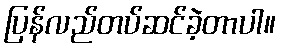
ပြန်လည်တပ်ဆင်ခဲ့တာပါ။